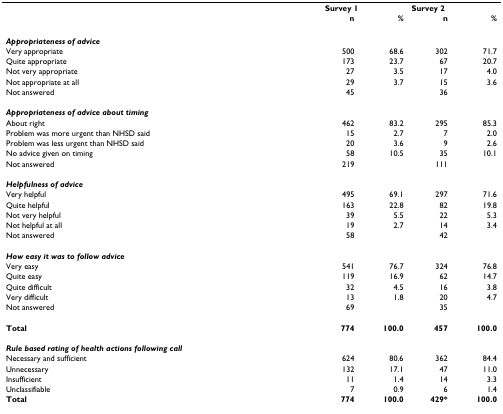
<table><thead><tr><td></td><td colspan="2"><b>Survey 1</b></td><td colspan="2"><b>Survey 2</b></td></tr><tr><td></td><td><b>n</b></td><td><b>%</b></td><td><b>n</b></td><td><b>%</b></td></tr></thead><tbody><tr><td><b><i>Appropriateness of advice</i></b></td><td></td><td></td><td></td><td></td></tr><tr><td>Very appropriate</td><td>500</td><td>68.6</td><td>302</td><td>71.7</td></tr><tr><td>Quite appropriate</td><td>173</td><td>23.7</td><td>67</td><td>20.7</td></tr><tr><td>Not very appropriate</td><td>27</td><td>3.5</td><td>17</td><td>4.0</td></tr><tr><td>Not appropriate at all</td><td>29</td><td>3.7</td><td>15</td><td>3.6</td></tr><tr><td>Not answered</td><td>45</td><td></td><td>36</td><td></td></tr><tr><td><b><i>Appropriateness of advice about timing</i></b></td><td></td><td></td><td></td><td></td></tr><tr><td>About right</td><td>462</td><td>83.2</td><td>295</td><td>85.3</td></tr><tr><td>Problem was more urgent than NHSD said</td><td>15</td><td>2.7</td><td>7</td><td>2.0</td></tr><tr><td>Problem was less urgent than NHSD said</td><td>20</td><td>3.6</td><td>9</td><td>2.6</td></tr><tr><td>No advice given on timing</td><td>58</td><td>10.5</td><td>35</td><td>10.1</td></tr><tr><td>Not answered</td><td>219</td><td></td><td>111</td><td></td></tr><tr><td><b><i>Helpfulness of advice</i></b></td><td></td><td></td><td></td><td></td></tr><tr><td>Very helpful</td><td>495</td><td>69.1</td><td>297</td><td>71.6</td></tr><tr><td>Quite helpful</td><td>163</td><td>22.8</td><td>82</td><td>19.8</td></tr><tr><td>Not very helpful</td><td>39</td><td>5.5</td><td>22</td><td>5.3</td></tr><tr><td>Not helpful at all</td><td>19</td><td>2.7</td><td>14</td><td>3.4</td></tr><tr><td>Not answered</td><td>58</td><td></td><td>42</td><td></td></tr><tr><td><b><i>How easy it was to follow advice</i></b></td><td></td><td></td><td></td><td></td></tr><tr><td>Very easy</td><td>541</td><td>76.7</td><td>324</td><td>76.8</td></tr><tr><td>Quite easy</td><td>119</td><td>16.9</td><td>62</td><td>14.7</td></tr><tr><td>Quite difficult</td><td>32</td><td>4.5</td><td>16</td><td>3.8</td></tr><tr><td>Very difficult</td><td>13</td><td>1.8</td><td>20</td><td>4.7</td></tr><tr><td>Not answered</td><td>69</td><td></td><td>35</td><td></td></tr><tr><td><b>Total</b></td><td><b>774</b></td><td><b>100.0</b></td><td><b>457</b></td><td><b>100.0</b></td></tr><tr><td><b><i>Rule based rating of health actions following call</i></b></td><td></td><td></td><td></td><td></td></tr><tr><td>Necessary and sufficient</td><td>624</td><td>80.6</td><td>362</td><td>84.4</td></tr><tr><td>Unnecessary</td><td>132</td><td>17.1</td><td>47</td><td>11.0</td></tr><tr><td>Insufficient</td><td>11</td><td>1.4</td><td>14</td><td>3.3</td></tr><tr><td>Unclassifiable</td><td>7</td><td>0.9</td><td>6</td><td>1.4</td></tr><tr><td><b>Total</b></td><td><b>774</b></td><td><b>100.0</b></td><td><b>429*</b></td><td><b>100.0</b></td></tr></tbody></table>